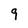
Character: 9